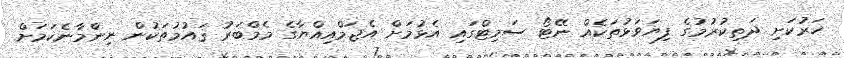
ހަރުުކަށި ދަތިކުރުމުގެ ފިޔަވަޅުތަކެއް ނޭޓޯ ސަމިޓްގައި އެޅުމަށް އެޖަމްއިއްޔާގެ މެމްބަރު ޤައުމުތަކުން ނިންމާނެކަމަށް